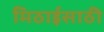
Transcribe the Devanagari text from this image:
मिठाईसाठी